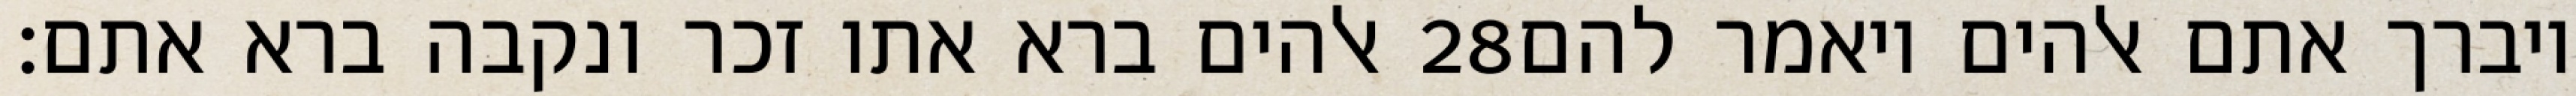
אלהים ברא אתו זכר ונקבה ברא אתם׃ ‎28‏ ויברך אתם אלהים ויאמר להם